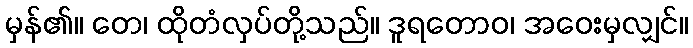
မှန်၏။ တေ၊ ထိုတံလှပ်တို့သည်။ ဒူရတောဝ၊ အဝေးမှလျှင်။